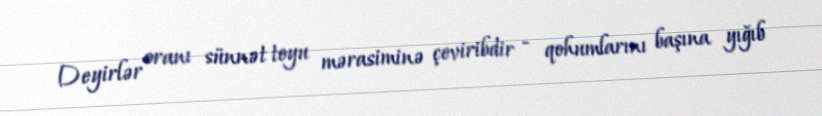
Deyirlər oranı sünnət toyu mərasiminə çeviribdir - qohumlarını başına yığıb